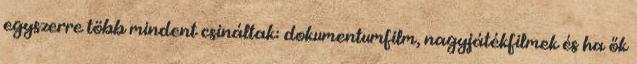
egyszerre több mindent csináltak: dokumentumfilm, nagyjátékfilmek és ha ők